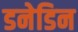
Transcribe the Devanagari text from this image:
डनेडिन